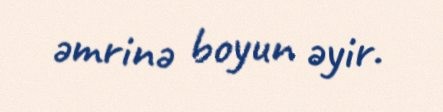
əmrinə boyun əyir.